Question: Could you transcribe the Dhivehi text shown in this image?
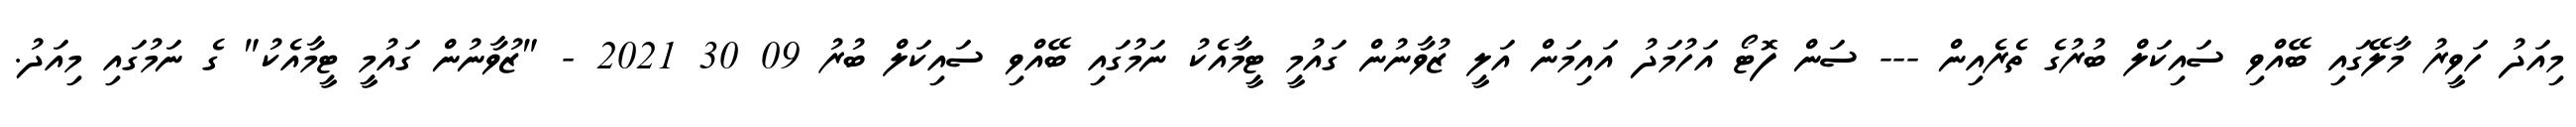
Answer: މިއަދު ހަވީރު މާލޭގައި ބޭއްވި ސައިކަލް ބުރުގެ ތެރެއިން --- ސަން ފޮޓޯ އަހުމަދު އައިމަން އަލީ ޒުވާނުން ގައުމީ ޓީމާއެކު ނަމުގައި ބޭއްވި ސައިކަލް ބުރު 09 30 2021 - "ޒުވާނުން ގައުމީ ޓީމާއެކު" ގެ ނަމުގައި މިއަދު.